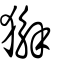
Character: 獬